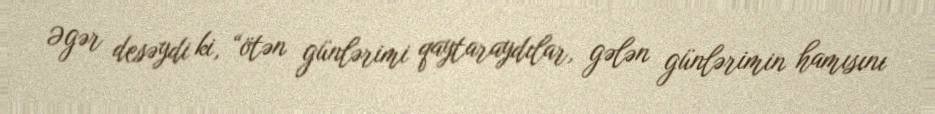
Əgər desəydi ki, “ötən günlərimi qaytaraydılar, gələn günlərimin hamısını